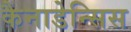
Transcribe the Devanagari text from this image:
कैनाडेन्सिस